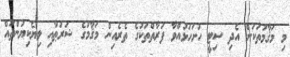
މި މަޤާމުތަކަށް އެދި ސިޓީ ހުށަހަޅުއްވާ ފަރާތްތަކުގެ ތެރެއިން މަޤާމުގެ ޝަރުޠާއި ލިޔެކިޔުންތައް